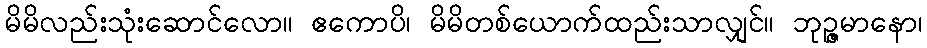
မိမိလည်းသုံးဆောင်လော။ ဧကောပိ၊ မိမိတစ်ယောက်ထည်းသာလျှင်။ ဘုဉ္ဇမာနော၊